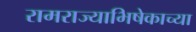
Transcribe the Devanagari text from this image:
रामराज्याभिषेकाच्या